[Report on the health of British troops in the Madras command]
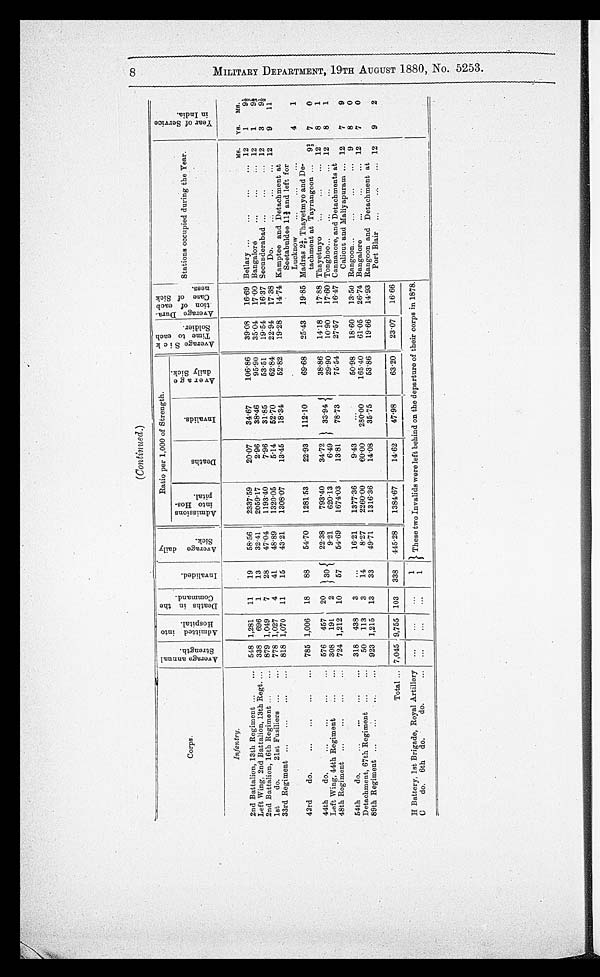
(Continued.)
Corps.
A v e r a g e a n n u a l S t r e n g t h .
A d m i t t e d i n t o H o s p i t a l .
De a t h s i n t h e Co mma n d .
I n v a l i d e d .
A v e r a g e d a i l y S i c k .
Ratio per 1,000 of Strength.
A v e r a g e S i c k T i me t o e a c h S o l i d e r .
A v e r a g e D u r a - t i o n o f e a c h C a s e o f S i c k n e s s .
Stations occupied during the Year.
.
Ye a r o f S e r v i c e i n I n d i a .
Ad mi s s i o n s i n t o Ho s p i t a l .
Average
daily Sick.
Deat hs.
I nval i ds .
Infantry.
MS. YS. MS.
2nd Battalion, 13th Regiment ... ...
548 1,281 11
19
58.56
2337.59
20.07
34.67
106.86
39.08
16.69 Bellary ...
...
...
... 12
1
91/2
Left Wing, 2nd Battalion, 13th Regt. ... 338 696
1
13
32.41
2059.17
2.96
38.46
95.90
36.04
17.00 Bangalore
...
...
12
1
91/2
2nd Battalion, 16th Regiment ...
.., 879 1,049
7
28
47.04 I 1193.40
7.96
31.85
53.51
19.54
16.37 Secunderabad ...
...
... 12
3
9 1 / 2
1st
do.
21st Fusiliers ...
... 778 1,027
4
41
48.89
1320.05
5.14
62.70
62.84
22.94
17.38
Do.
...
...
. . . 12
9
11
33rd Regiment ...
...
...
... 818 1,070 11
15
43.21
1308.07
13.45
1 8 . 3 4
62.82
19.28
14-74 Kamptee and Detachment at
Seetabuldee 112/2; and left for
Lucknow...
..,
...
43rd
do.
...
...
...
... 785 1,006 18
88
54.70
1281 53
22.93
112.10
69.68
25.43
19.85 Madras 21/3, Thayetmyo and De-
tachment at Tayrangoon ...
9 2 / 3 7
0
44th
do,
...
...
...
... 576 457 2
30}
22.38
793.40
33.94
38.86
14.18
1718 Thayetmyo
...
...
... 12
8
1
Left Wing, 44th Regiment
...
... 308 191
2
9.21
620.13
6.49
29.90
10.90
17.60 Tonghoo...
...
...
... 12
8
1
48th Regiment ...
...
...
...
724 1,212 10
57
54.69
1674.03
13.81
78.73
75.54
27.57
16.47 Cannanore, and Detachments at
Calicut and Maliyapuram ... 12
7
9
54th
do. ... ...
...
... 318 438
16.21
1377.36
9.43
...
50.98
18.60
13.50 Rangoon...
...
...
... 9
8
0
Detachment, 67th Regiment ...
...
50 113
3
14.
8.27
2260.00
60.00
280.00
165.40
61.05
26.74 Bangalore
...
...
... 12
7
0
89th Regiment ...
... ...
...
923 1,215 13
33
49. 71 1316.36
14.08
36.75
63.86
19.66
1 4 . 9 3 Rangoon and Detachment at
-
Port Blair .,.
.
... 12
9
2
Total ... 7,045 9,755 103 338
445.28
1384.67
14.62
47.98
,
63.20 23.07
16.66
H Battery, 1st Brigade, Royal Artillery ...
...
...
1
These two Invalids were left behind on the departure of their corps in 1878.
C
do. 6th do.
do.
... ...
...
...
1